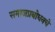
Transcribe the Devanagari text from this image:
समाजप्रबोधनचे